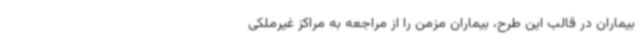
بیماران در قالب این طرح، بیماران مزمن را از مراجعه به مراکز غیرملکی